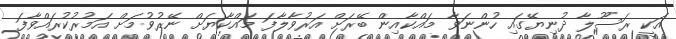
އަކީ ރަސޫލާ ދުނިޔޭގައި ހުންނަވާ މައްކާއިން ބޭރަށް އަރުވާލާފަ މައްކާޔަށް ނޭރުވުމަށް އަމުރުކުރައްވާފަ